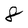
Character: 8